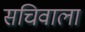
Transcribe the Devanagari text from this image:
सचिवाला